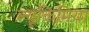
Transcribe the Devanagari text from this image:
ल्यूकिमिया